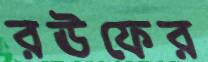
রঊফের